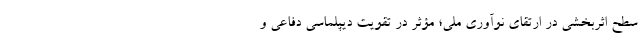
سطح اثربخشی در ارتقای نوآوری ملی؛ مؤثر در تقویت دیپلماسی دفاعی و